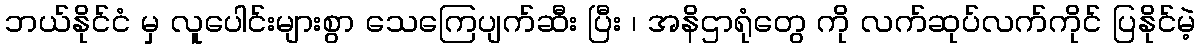
ဘယ်နိုင်ငံ မှ လူပေါင်းများစွာ သေကြေပျက်ဆီး ပြီး ၊ အနိဌာရုံတွေ ကို လက်ဆုပ်လက်ကိုင် ပြနိုင်မဲ့